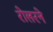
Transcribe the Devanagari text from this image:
रोलरने